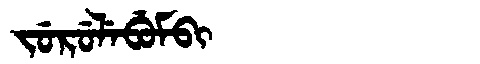
Manchu: ᠵᡠᡵᡠᠯᡝᠪᡠᠮᠪᡳ
Romanization: JURULEBUMBI